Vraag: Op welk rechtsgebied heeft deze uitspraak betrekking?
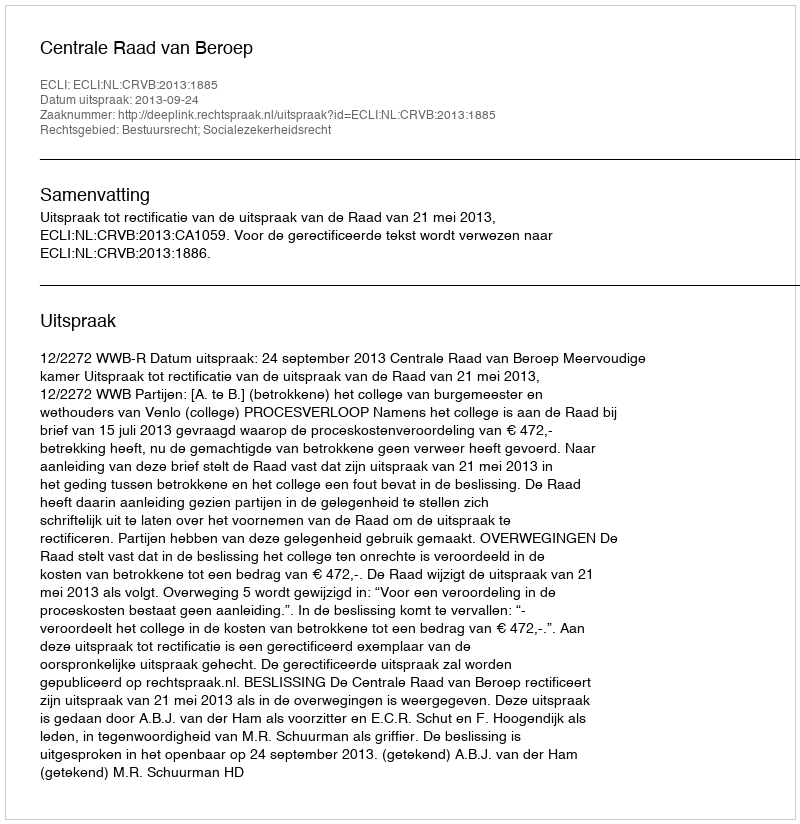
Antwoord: Bestuursrecht; Socialezekerheidsrecht